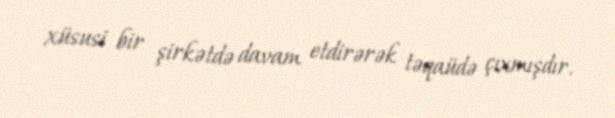
xüsusi bir şirkətdə davam etdirərək təqaüdə çıxmışdır.